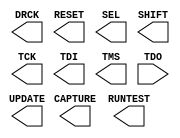
module BSCANE2 (
  CAPTURE,
  DRCK,
  RESET,
  RUNTEST,
  SEL,
  SHIFT,
  TCK,
  TDI,
  TMS,
  UPDATE,

  TDO
);

  parameter DISABLE_JTAG = "FALSE";
  parameter integer JTAG_CHAIN = 1;


  output CAPTURE;
  output DRCK;
  output RESET;
  output RUNTEST;
  output SEL;
  output SHIFT;
  output TCK;
  output TDI;
  output TMS;
  output UPDATE;

  input TDO;
  reg SEL_zd;

 
endmodule